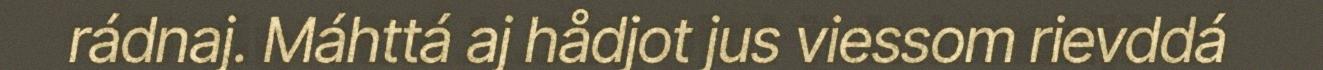
rádnaj. Máhttá aj hådjot jus viessom rievddá